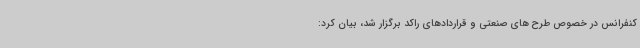
کنفرانس در خصوص طرح های صنعتی و قراردادهای راکد برگزار شد، بیان کرد: